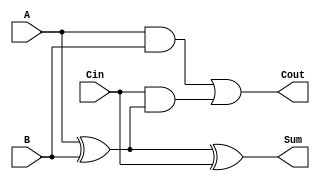
module FullAdder (
    input wire A,       // First binary input
    input wire B,       // Second binary input
    input wire Cin,     // Carry-in
    output wire Sum,    // Sum output
    output wire Cout    // Carry-out output
);

    // Intermediate signals for the sum calculation
    wire AB_xor;        // Intermediate result of A XOR B

    // Layer 1: XOR gates for Sum calculation
    assign AB_xor = A ^ B;         // A XOR B
    assign Sum = AB_xor ^ Cin;     // (A XOR B) XOR Cin

    // Layer 2: AND gates for Carry-out calculation
    wire A_and_B;      // A AND B
    wire Cin_and_AB;   // Cin AND (A XOR B)

    assign A_and_B = A & B;                    // A AND B
    assign Cin_and_AB = Cin & AB_xor;          // Cin AND (A XOR B)
    
    // Carry-out calculation
    assign Cout = A_and_B | Cin_and_AB;        // (A AND B) OR (Cin AND (A XOR B))

endmodule